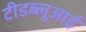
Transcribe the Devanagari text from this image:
टीडब्लूआई